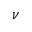
\nu